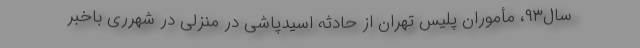
سال‌۹۳، مأموران پلیس تهران از حادثه اسیدپاشی در منزلی در شهرری باخبر